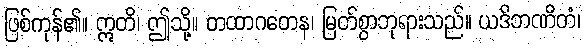
ဖြစ်ကုန်၏။ ဣတိ၊ ဤသို့။ တထာဂတေန၊ မြတ်စွာဘုရားသည်။ ယဒိဘဏိတံ၊